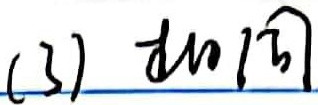
(3) \(\tan\sqrt{3}\)